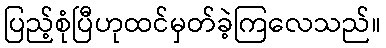
ပြည့်စုံပြီဟုထင်မှတ်ခဲ့ကြလေသည်။